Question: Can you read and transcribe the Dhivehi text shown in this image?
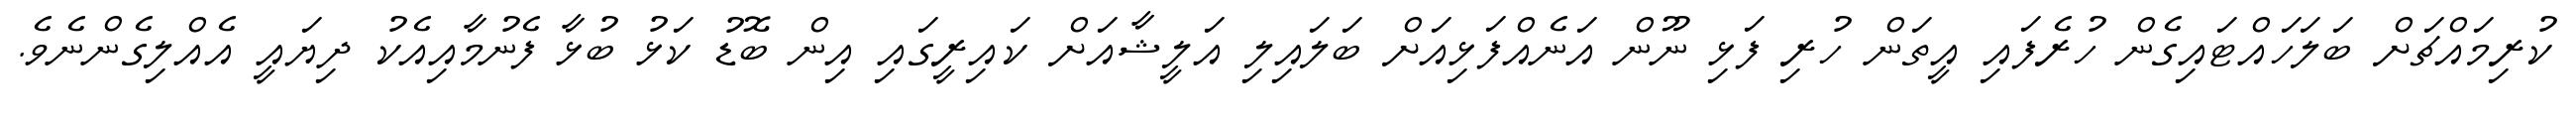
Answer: ކުރިމައްޗަށް ބަލަހައްޓައިގެން ހުރެފައި އީތަން ހުރި ފަޅި ނޫން އަނެއްފަޅިއަށް ބަލައިލި އަލީޝާއަށް ކައިރީގައި އިން ބޮޑު ކަޅު ބުޅާ ފެނުމާއިއެކު ދިޔައީ އެއްލިގެންނެވެ.